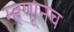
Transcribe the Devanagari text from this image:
म्हण्ाूनच